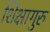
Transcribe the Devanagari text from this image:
शिक्षागुरु